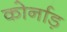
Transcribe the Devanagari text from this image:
कोर्नाड़